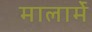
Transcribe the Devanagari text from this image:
मालार्मे